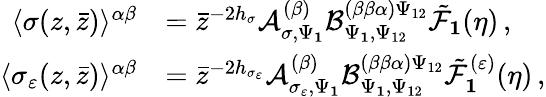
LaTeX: \begin{array}{rl}{\langle\sigma(z,\bar{z})\rangle^{\alpha\beta}}&{=\bar{z}^{-2h_{\sigma}}\mathcal{A}_{\sigma,\Psi_{\mathbf{1}}}^{(\beta)}\mathcal{B}_{\Psi_{\mathbf{1}},\Psi_{12}}^{(\beta\beta\alpha)\Psi_{12}}\tilde{\mathcal{F}}_{\mathbf{1}}(\eta)\, ,}\\ {\langle\sigma_{\varepsilon}(z,\bar{z})\rangle^{\alpha\beta}}&{=\bar{z}^{-2h_{\sigma_{\varepsilon}}}\mathcal{A}_{\sigma_{\varepsilon},\Psi_{\mathbf{1}}}^{(\beta)}\mathcal{B}_{\Psi_{\mathbf{1}},\Psi_{12}}^{(\beta\beta\alpha)\Psi_{12}}\tilde{\mathcal{F}}_{\mathbf{1}}^{(\varepsilon)}(\eta)\, ,}\end{array}